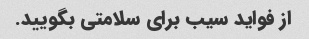
از فواید سیب برای سلامتی بگویید.